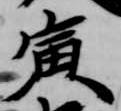
寅